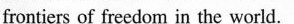
fronticrs of freedom in the world.